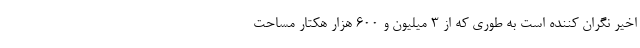
اخیر نگران کننده است به طوری که از ۳ میلیون و ۶۰۰ هزار هکتار مساحت